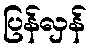
ပြန်လှန်